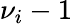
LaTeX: \nu_{i}-1